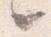
々